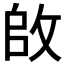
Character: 𪯌